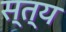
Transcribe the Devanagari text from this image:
स्त्य